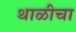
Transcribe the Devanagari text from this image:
थाळीचा